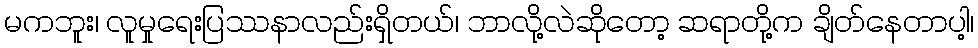
မကဘူး၊ လူမှုရေးပြဿနာလည်းရှိတယ်၊ ဘာလို့လဲဆိုတော့ ဆရာတို့က ချိတ်နေတာပါ့၊